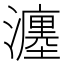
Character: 瀍